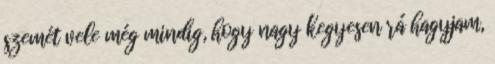
szemét vele még mindig, hogy nagy kegyesen rá hagyjam,